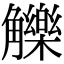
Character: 觻